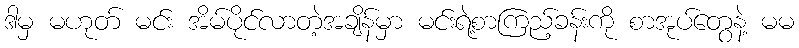
ဒါမှ မဟုတ် မင်း အိမ်ပိုင်လာတဲ့အချိန်မှာ မင်းရဲ့စာကြည့်ခန်းကို စာအုပ်တွေနဲ့ မမ